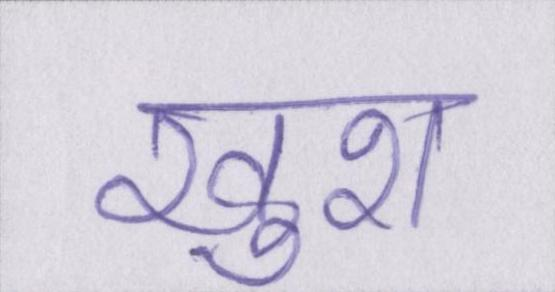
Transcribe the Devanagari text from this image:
ख़ुश